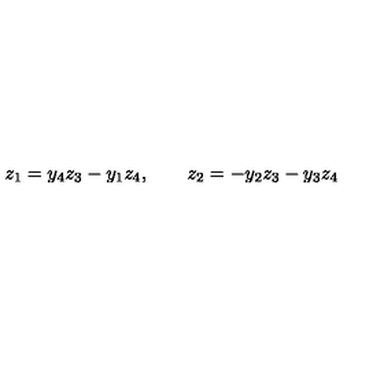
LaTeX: z _ { 1 } = y _ { 4 } z _ { 3 } - y _ { 1 } z _ { 4 } , \qquad z _ { 2 } = - y _ { 2 } z _ { 3 } - y _ { 3 } z _ { 4 }